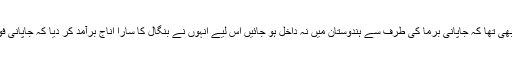
انگریزوں کو یہ خطرہ بھی تھا کہ جاپانی برما کی طرف سے ہندوستان میں نہ داخل ہو جائیں اس لیے انہوں نے بنگال کا سارا اناج برآمد کر دیا کہ جاپانی فوج کو غلہ نہ مل سکے۔